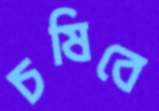
চষিবে